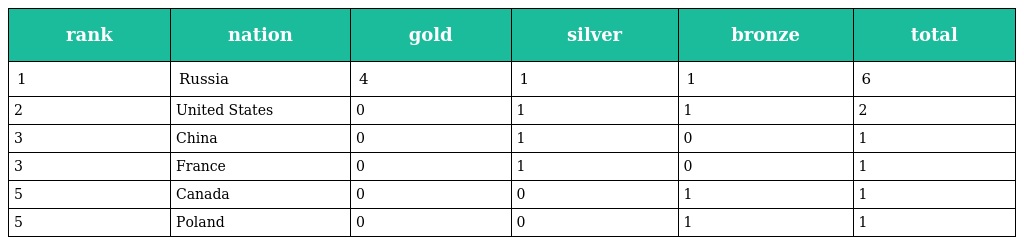
| rank | nation | gold | silver | bronze | total |
 | --- | --- | --- | --- | --- | --- |
 | 1 | Russia | 4 | 1 | 1 | 6 |
 | 2 | United States | 0 | 1 | 1 | 2 |
 | 3 | China | 0 | 1 | 0 | 1 |
 | 3 | France | 0 | 1 | 0 | 1 |
 | 5 | Canada | 0 | 0 | 1 | 1 |
 | 5 | Poland | 0 | 0 | 1 | 1 |